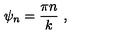
\psi _ { n } = { \frac { \pi n } { k } } \ ,